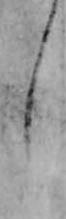
し